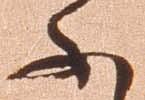
ふ